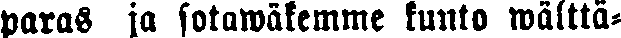
paras ja sotawäkemme tunto wälttä-